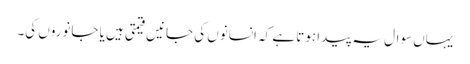
یہاں سوال یہ پیدا ہوتا ہے کہ انسانوں کی جانیں قیمتی ہیں یا جانوروں کی۔